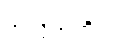
အလိုအတိုင်း